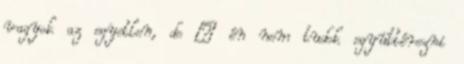
vagyok az egyetlen, de – én nem tudok együttérezni